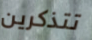
تتذكرين